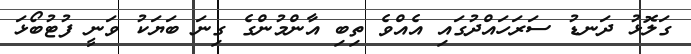
ގަލޮޅު ދަނޑު ސަރަހައްދުގައި އެއްވެ ތިބި އާންމުންގެ ގިނަ ބަޔަކު ވަނީ ފުޓުބޯޅަ